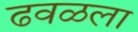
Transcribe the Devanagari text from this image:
ढवळला